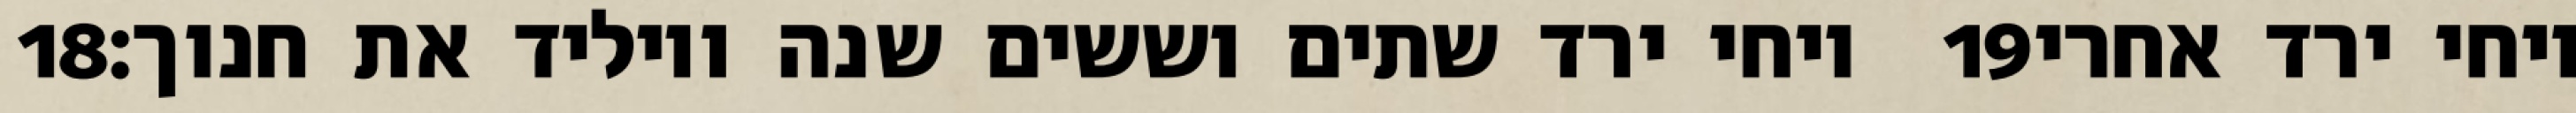
‎18‏ ויחי ירד שתים וששים שנה ויוליד את חנוך׃ ‎19‏ ויחי ירד אחרי